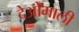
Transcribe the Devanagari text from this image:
देओमाली